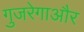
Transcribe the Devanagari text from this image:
गुजरेगाऔर